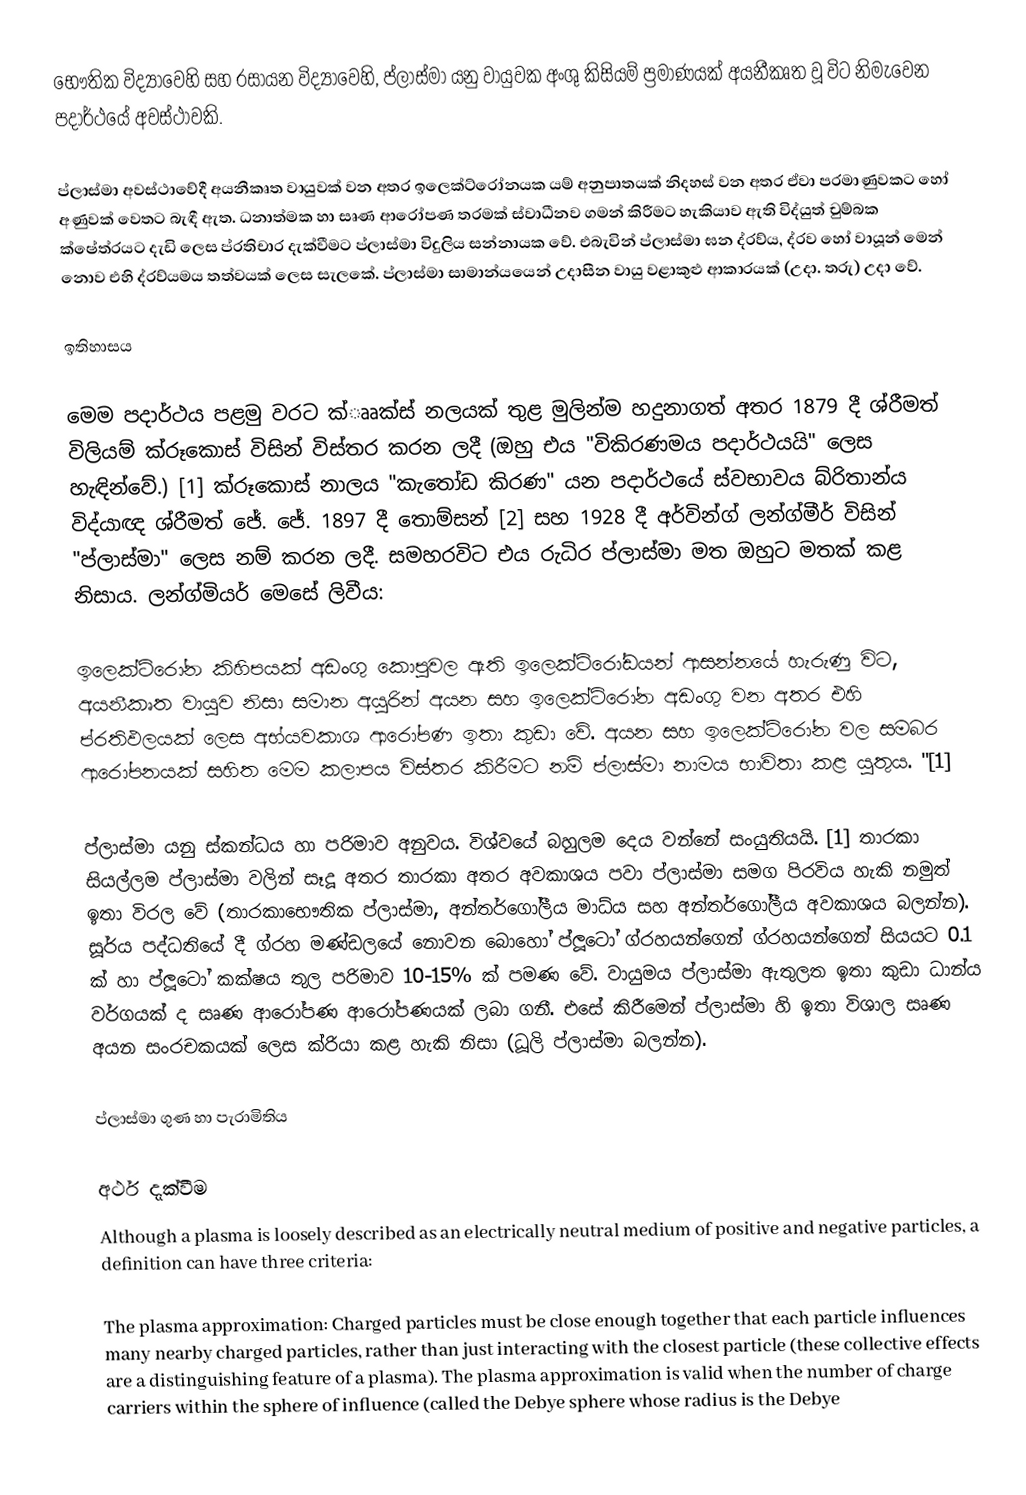
භෞතික විද්‍යාවෙහි සහ රසායන විද්‍යාවෙහි, ප්ලාස්මා  යනු වායුවක අංශු කිසියම් ප්‍රමාණයක්  අයනීකෘත වූ විට නිමැවෙන පදාර්ථයේ අවස්ථාවකි.

ප්ලාස්මා අවස්ථාවේදී  අයනීකෘත වායුවක් වන අතර ඉලෙක්ට්රෝනයක යම් අනුපාතයක් නිදහස් වන අතර ඒවා පරමාණුවකට හෝ අණුවක් වෙතට බැඳී ඇත. ධනාත්මක හා සෘණ ආරෝපණ තරමක් ස්වාධීනව ගමන් කිරීමට හැකියාව ඇති විද්යුත් චුම්බක ක්ෂේත්රයට දැඩි ලෙස ප්රතිචාර දැක්වීමට ප්ලාස්මා විදුලිය සන්නායක වේ. එබැවින් ප්ලාස්මා ඝන ද්රව්ය, ද්රව හෝ වායූන් මෙන් නොව එහි ද්රව්යමය තත්වයක් ලෙස සැලකේ. ප්ලාස්මා සාමාන්යයෙන් උදාසීන වායු වළාකුළු ආකාරයක් (උදා. තරු) උදා වේ.

ඉතිහාසය

මෙම පදාර්ථය පළමු වරට ක්ෲක්ස් නලයක් තුළ මුලින්ම හදුනාගත් අතර 1879 දී ශ්රීමත් විලියම් ක්රූකොස් විසින් විස්තර කරන ලදී (ඔහු එය "විකිරණමය පදාර්ථයයි" ලෙස හැඳින්වේ.) [1] ක්රූකොස් නාලය "කැතෝඩ කිරණ" යන පදාර්ථයේ ස්වභාවය බ්රිතාන්ය විද්යාඥ ශ්රීමත් ජේ. ජේ. 1897 දී තොම්සන් [2] සහ 1928 දී අර්වින්ග් ලන්ග්මීර් විසින් "ප්ලාස්මා" ලෙස නම් කරන ලදී. සමහරවිට එය රුධිර ප්ලාස්මා මත ඔහුට මතක් කළ නිසාය. ලන්ග්මියර් මෙසේ ලිවීය:

ඉලෙක්ට්රෝන කිහිපයක් අඩංගු කොපුවල ඇති ඉලෙක්ට්රෝඩයන් ආසන්නයේ හැරුණු විට, අයනීකෘත වායුව නිසා සමාන අයුරින් අයන සහ ඉලෙක්ට්රෝන අඩංගු වන අතර එහි ප්රතිඵලයක් ලෙස අභ්යවකාශ ආරෝපණ ඉතා කුඩා වේ. අයන සහ ඉලෙක්ට්රෝන වල සමබර ආරෝපනයක් සහිත මෙම කලාපය විස්තර කිරීමට නම් ප්ලාස්මා නාමය භාවිතා කළ යුතුය. "[1]

ප්ලාස්මා යනු ස්කන්ධය හා පරිමාව අනුවය. විශ්වයේ බහුලම දෙය වන්නේ සංයුතියයි. [1] තාරකා සියල්ලම ප්ලාස්මා වලින් සෑදූ අතර තාරකා අතර අවකාශය පවා ප්ලාස්මා සමග පිරවිය හැකි නමුත් ඉතා විරල වේ (තාරකාභෞතික ප්ලාස්මා, අන්තර්ගෝලීය මාධ්ය සහ අන්තර්ගෝලීය අවකාශය බලන්න). සූර්ය පද්ධතියේ දී ග්රහ මණ්ඩලයේ නොවන බොහෝ ප්ලූටෝ ග්රහයන්ගෙන් ග්රහයන්ගෙන් සියයට 0.1 ක් හා ප්ලූටෝ කක්ෂය තුල පරිමාව 10-15% ක් පමණ වේ. වායුමය ප්ලාස්මා ඇතුලත ඉතා කුඩා ධාන්ය වර්ගයක් ද සෘණ ආරෝපණ ආරෝපණයක් ලබා ගනී. එසේ කිරීමෙන් ප්ලාස්මා හි ඉතා විශාල සෘණ අයන සංරචකයක් ලෙස ක්රියා කළ හැකි නිසා (ධූලි ප්ලාස්මා බලන්න).

ප්ලාස්මා ගුණ හා පැරාමිතිය

අර්ථ දැක්වීම
Although a plasma is loosely described as an electrically neutral medium of positive and negative particles, a definition can have three criteria:

 The plasma approximation: Charged particles must be close enough together that each particle influences many nearby charged particles, rather than just interacting with the closest particle (these collective effects are a distinguishing feature of a plasma). The plasma approximation is valid when the number of charge carriers within the sphere of influence (called the Debye sphere whose radius is the Debye